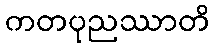
ကတပုညဿာတိ